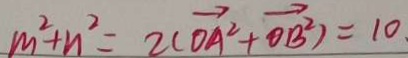
m ^ { 2 } + n ^ { 2 } = 2 C \overrightarrow { O A ^ { 2 } } + \overrightarrow { O B ^ { 2 } } = 1 0 .